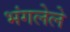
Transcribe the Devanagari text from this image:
भंगलेले